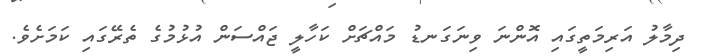
ދިމާލު އަރިމަތީގައި އޮންނަ ވިނަގަނޑު މައްޗަށް ކަހާލީ ޖައްސަން އުޅުމުގެ ތެރޭގައި ކަަމަށެވެ.